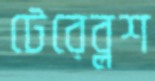
টেরেব্লশ